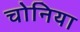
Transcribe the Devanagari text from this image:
चोनिया